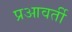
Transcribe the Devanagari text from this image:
प्रआवर्ती